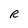
Character: R